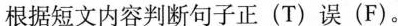
根据短文内容判断句子正(T)误(F)。